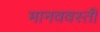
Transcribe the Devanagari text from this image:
मानववस्ती